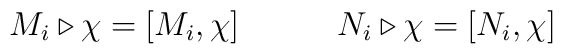
M_{i}\triangleright \chi =[M_{i},\chi ]\qquad \quad N_{i}\triangleright \chi=[N_{i},\chi ]